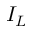
I _ { L }